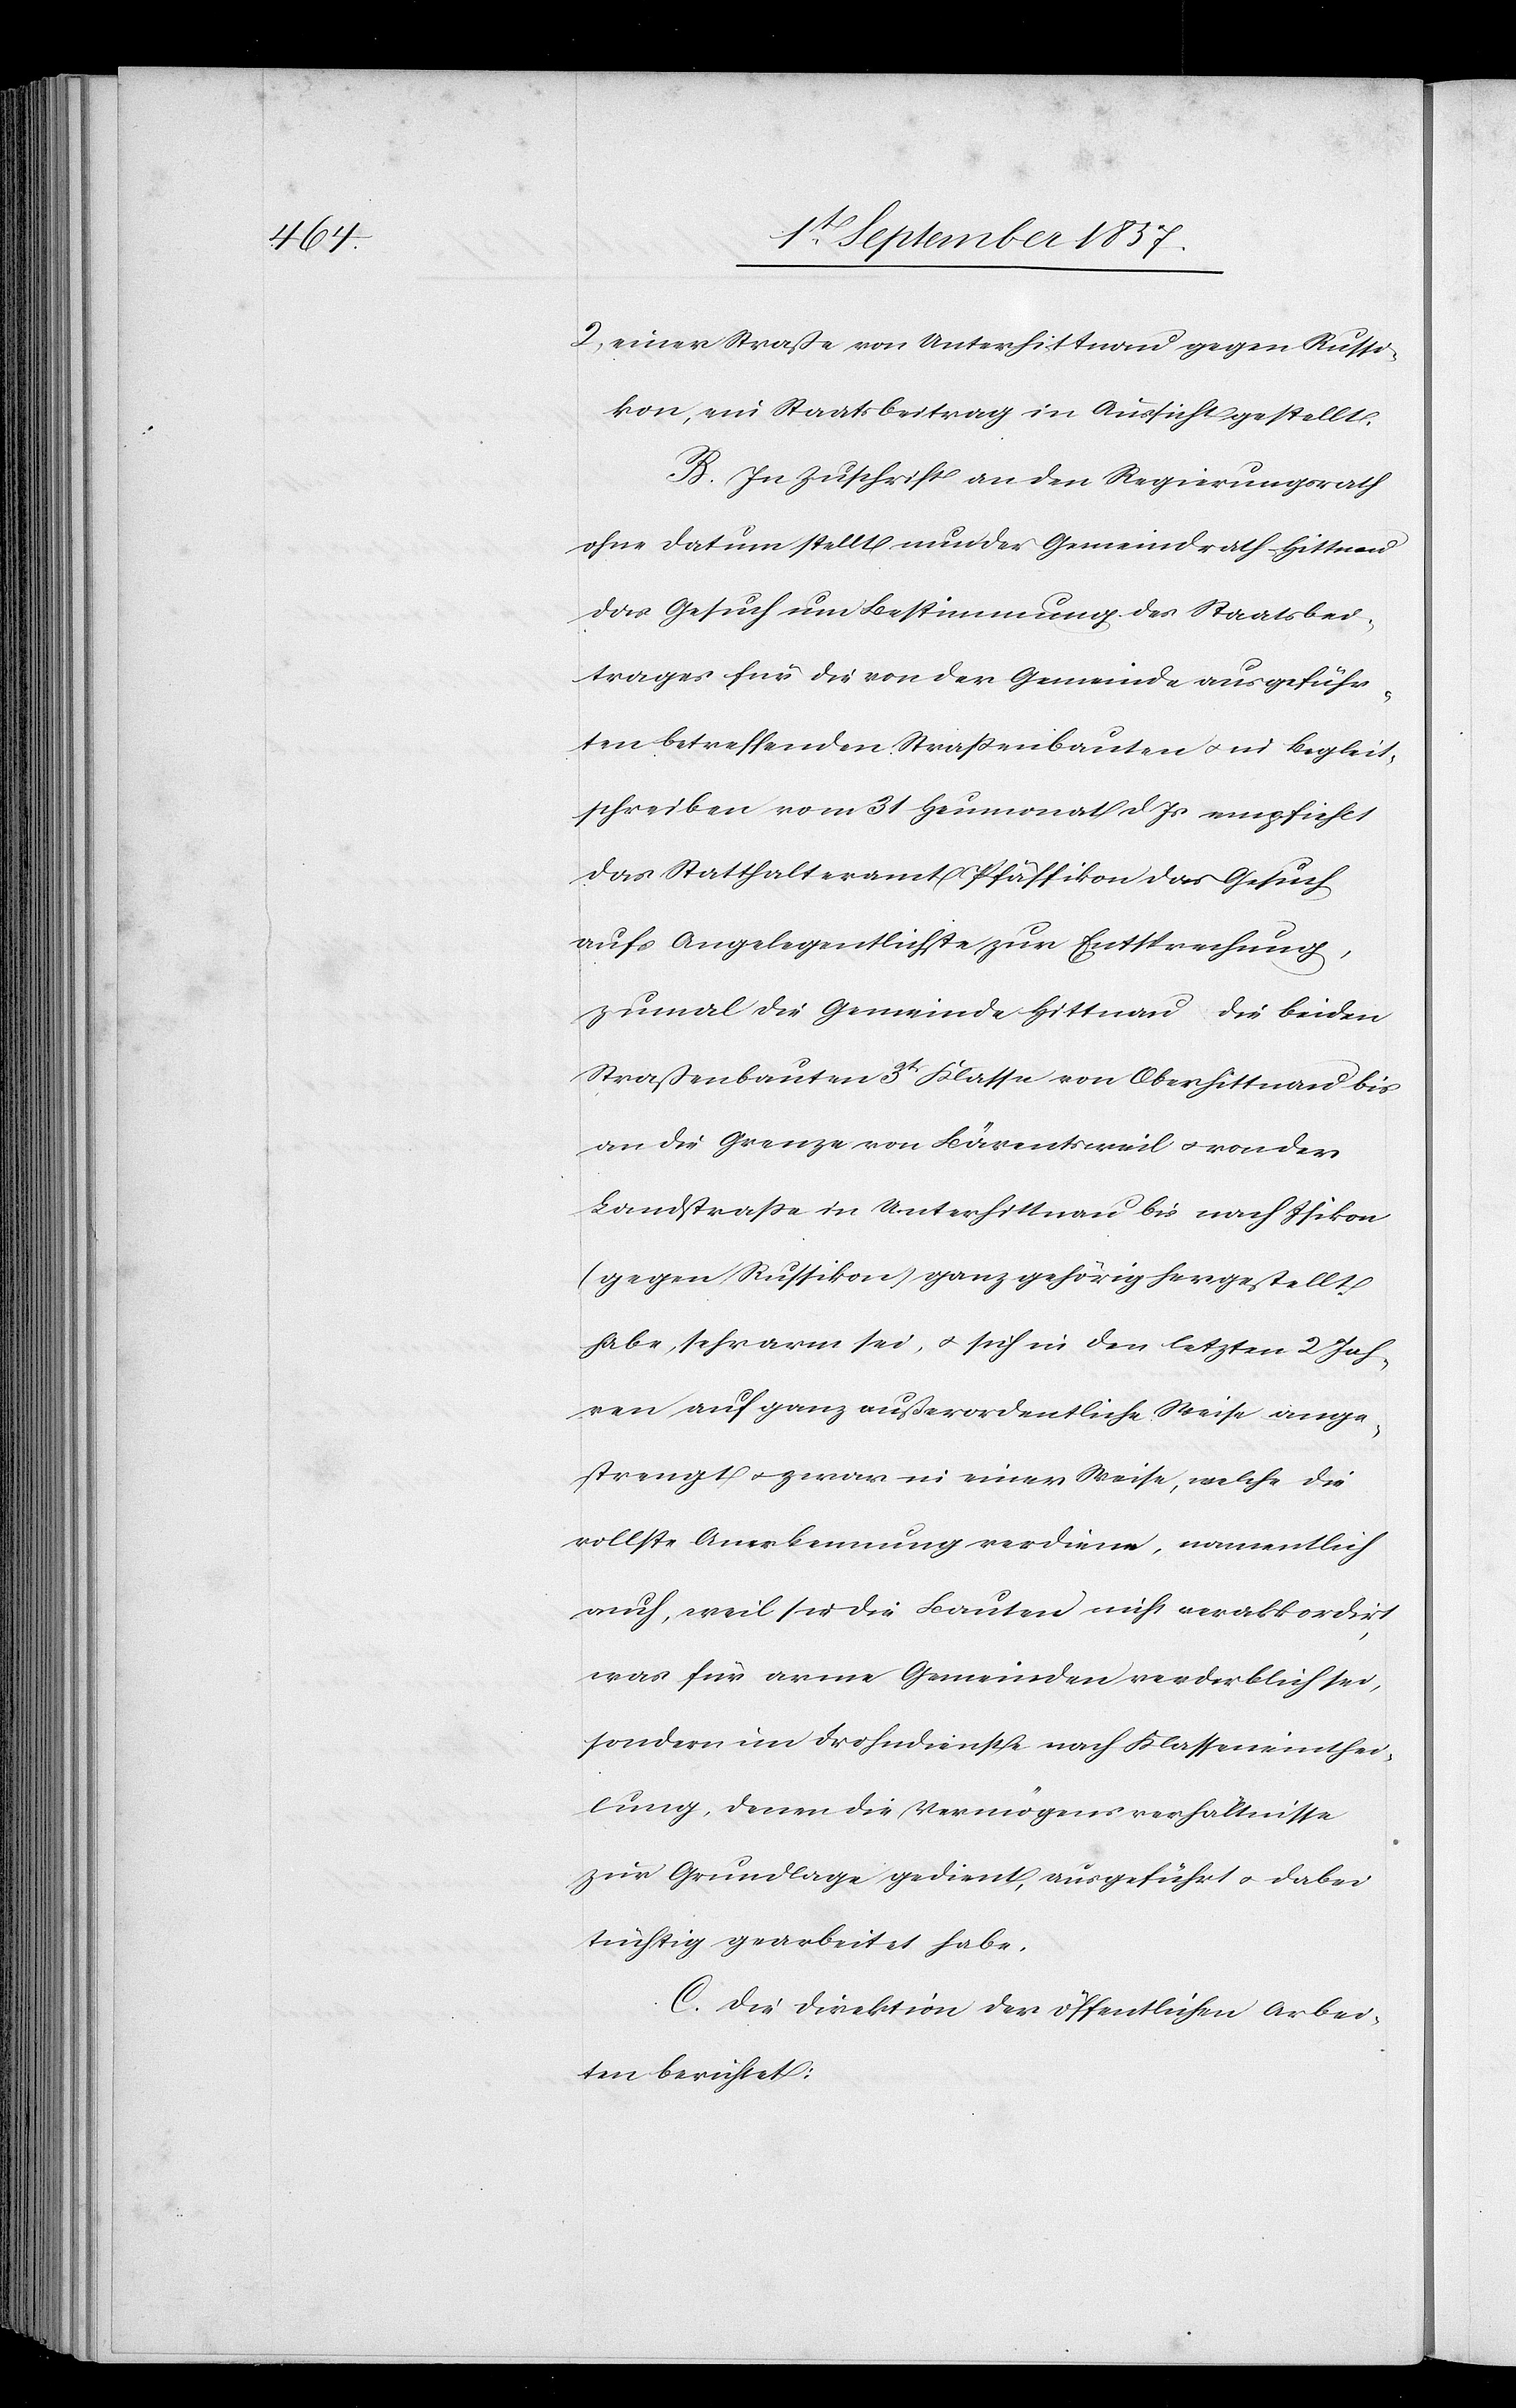
2, einer Straße von Unterhittnau gegen Russi¬
kon, ein Staatsbeitrag in Aussicht gestellt.
B. In Zuschrift an den Regierungsrath
ohne Datum stellt nun der Gemeindrath Hittnau
das Gesuch um Bestimmung des Staatsbei¬
trages für die von der Gemeinde ausgeführ¬
ten betreffenden Straßenbauten & in Begleit¬
schreiben vom 31 Heumonat d. Js. empfiehlt
das Statthalteramt Pfäffikon das Gesuch
aufs Angelegentlichste zur Entsprechung,
zumal die Gemeinde Hittnau die beiden
Straßenbauten 3t Klasse von Oberhittnau bis
an die Grenze von Bärentsweil & von der
Landstraße in Unterhittnau bis nach Isikon
(gegen Russikon) ganz gehörig hergestellt
habe, sehr arm sei, & sich in den letzten 2 Jah¬
ren auf ganz außerordentliche Weise ange¬
strengt & zwar in einer Weise, welche die
vollste Anerkennung verdiene, namentlich
auch, weil sie die Bauten nicht verakkodirt,
was für arme Gemeinden verderblich sei,
sondern im Frohndienste nach Klasseneinthei¬
lung, denen die Vermögensverhältnisse
zur Grundlage gedient, ausgeführt & dabei
tüchtig gearbeitet habe.
C. Die Direktion der öffentlichen Arbei¬
ten berichtet: